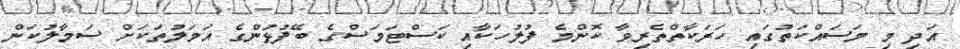
އަދި މި މަސައްކަތުގައި ހަރަކާތްތެރިވާ ކޮންމެ ފުލުހަކާއި ކަސްޓަމަސްގެ ބޭފުޅުންގެ އަމަލުތަކަށް ސަމާލުކަން